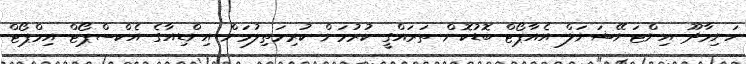
ހަނިމާދޫ އިންޓަނޭޝަނަލް އެއާޕޯޓް ބޮޑުކޮށް ތަރައްގީ ކުރުމަށް ކުރިމަތިލުމަށް އިންޑިއާގެ އެކްސްޕޯޓް އިމްޕޯޓް